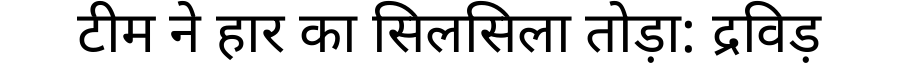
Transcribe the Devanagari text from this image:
टीम ने हार का सिलसिला तोड़ा: द्रविड़